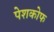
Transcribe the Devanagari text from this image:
पेशकोफ